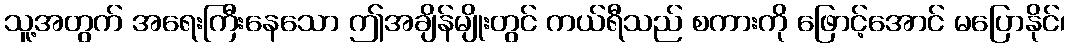
သူ့အတွက် အရေးကြီးနေသော ဤအချိန်မျိုးတွင် ကယ်ရီသည် စကားကို ဖြောင့်အောင် မပြောနိုင်၊